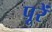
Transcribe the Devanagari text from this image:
पूरें